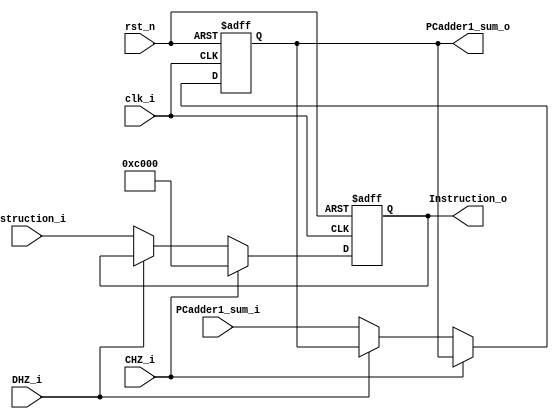
module Pipe_IFID (clk_i, rst_n, DHZ_i, CHZ_i, Instruction_i, PCadder1_sum_i, Instruction_o, PCadder1_sum_o);

// Input and Output
input clk_i;
input rst_n;
input DHZ_i;
input CHZ_i;
input [16-1:0] Instruction_i;// send instruction
input [16-1:0] PCadder1_sum_i;// send PC+2 to this module

output wire [16-1:0] Instruction_o;
output wire [16-1:0] PCadder1_sum_o;

// register to record the values
reg [16-1:0] Instr_reg;
reg [16-1:0] PCaddTwo_reg;

// read data in reg
assign Instruction_o = Instr_reg;
assign PCadder1_sum_o = PCaddTwo_reg;

// main function
always @(negedge rst_n or posedge clk_i) begin
    if(rst_n == 0)begin
        Instr_reg <= 0;
        PCaddTwo_reg <= 0;
    end
    else if(CHZ_i == 1) begin
        Instr_reg <= 16'b1100_0000_0000_0000;// bne r0,r0,0; r0 always equal to r0, so this can represent nop.
    end
    else if(DHZ_i == 0) begin
        Instr_reg <= Instruction_i;
        PCaddTwo_reg <= PCadder1_sum_i;
    end
end

//Initialize to 0
initial begin
    Instr_reg = 0;
    PCaddTwo_reg = 0;
end
    
endmodule